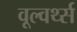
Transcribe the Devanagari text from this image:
वूल्वर्थ्स